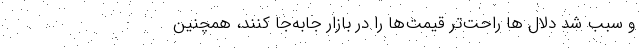
و سبب شد دلال ها راحت‌تر قیمت‌ها را در بازار جابه‌جا کنند، همچنین